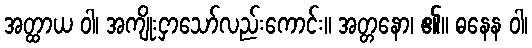
အတ္ထာယ ဝါ၊ အကျိုးငှာသော်လည်းကောင်း။ အတ္တနော၊ ၏။ ဓနေန ဝါ၊